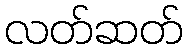
လတ်ဆတ်